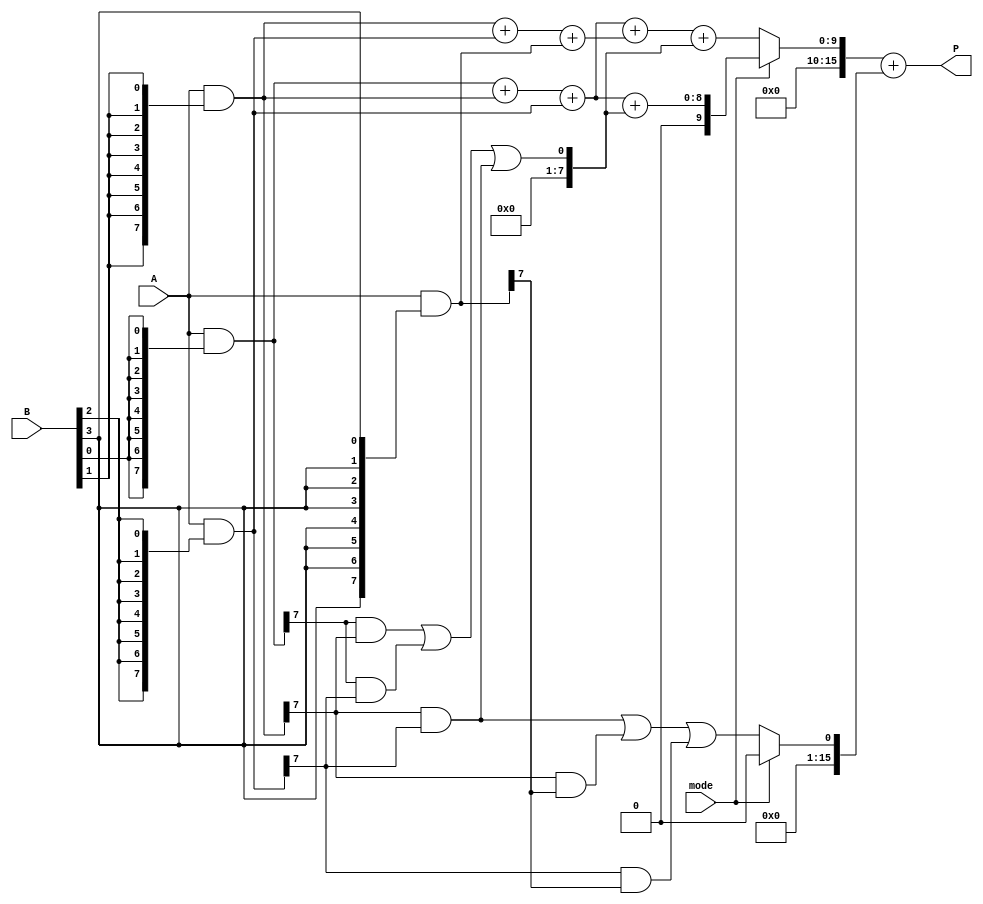
module DualModeWallaceTreeMultiplier #(parameter N = 8) (
    input [N-1:0] A,       // First operand
    input [N-1:0] B,       // Second operand
    input mode,            // Mode select (0: standard, 1: fast)
    output reg [2*N-1:0] P // Product output
);

    // Partial product generation
    wire [N-1:0] pp [0:N-1]; // Partial products
    genvar i, j;
    generate
        for (i = 0; i < N; i = i + 1) begin : pp_gen
            assign pp[i] = A & {N{B[i]}}; // AND operation for partial products
        end
    endgenerate

    // Wallace tree reduction
    wire [N-1:0] sum [0:N-1]; // Sums at each stage
    wire [N-1:0] carry [0:N-1]; // Carries at each stage

    // Initial stage (first reduction)
    generate
        for (i = 0; i < N; i = i + 1) begin : reduction_stage
            if (i < N-1) begin
                assign sum[i] = pp[i][N-1:0] + pp[i+1][N-1:0] + pp[i+2][N-1:0];
                assign carry[i] = (pp[i][N-1] & pp[i+1][N-1]) | (pp[i][N-1] & pp[i+2][N-1]) | (pp[i+1][N-1] & pp[i+2][N-1]);
            end else begin
                assign sum[i] = pp[i];
                assign carry[i] = 0;
            end
        end
    endgenerate

    // Final addition stage
    wire [2*N-1:0] final_sum;
    wire [2*N-1:0] final_carry;

    // Choose final adder based on mode
    always @(*) begin
        if (mode == 0) begin // Standard mode
            final_sum = sum[0] + sum[1] + carry[0];
            final_carry = carry[1];
        end else begin // Fast mode
            // Fast mode optimizations can be applied here
            // For simplicity, we will just reduce the number of additions
            final_sum = sum[0] + carry[0];
            final_carry = 0; // No carry in fast mode for this example
        end
        P = final_sum + final_carry; // Final product
    end

endmodule